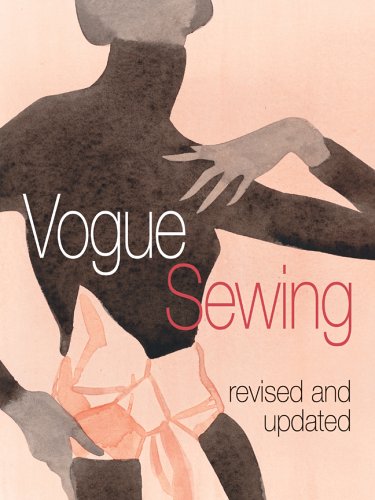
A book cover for Vogue Sewing, Revised and Updated; Vogue Knitting Magazine; Crafts, Hobbies & Home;